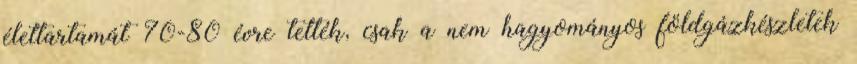
élettartamát 70-80 évre tették, csak a nem hagyományos földgázkészletek